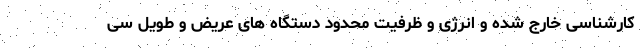
کارشناسی خارج شده و انرژی و ظرفیت محدود دستگاه های عریض و طویل سی